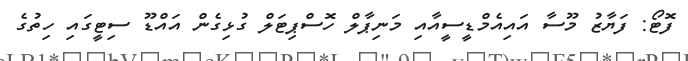
ފޮޓޯ: ފަޔާޒު މޫސާ އައިއެމްޑީސީއާއި މަނިޕާލް ހޮސްޕިޓަލް ގުޅިގެން އައްޑޫ ސިޓީގައި ހިތުގެ